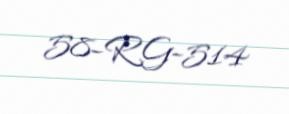
58-RG-514